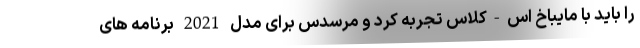
را باید با مایباخ اس-کلاس تجربه کرد و مرسدس برای مدل 2021 برنامه های